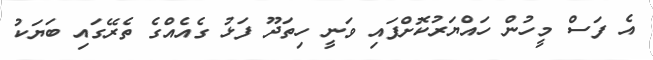
އެ ފަސް މީހުން ހައްޔަރުކޮށްފައި ވަނީ ހިތަދޫ ފަޅު ގެއެއްގެ ތެރޭގައި ބަޔަކު